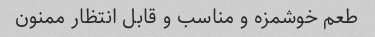
طعم خوشمزه و مناسب و قابل انتظار ممنون